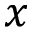
x